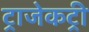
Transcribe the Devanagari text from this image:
ट्राजेकट्री